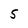
Character: 5